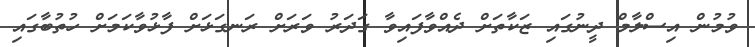
ވުމުން އިސްލާމް ދީނުގައި ޒަކާތަށް ދެއްވާފައިވާ ގަދަރު ވަރަށް ރަނގަޅަށް ފާޅުވާކަމަށް ހުތުބާގައި